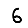
Digit: 6